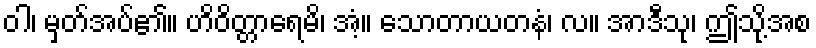
ဝါ၊ မှတ်အပ်၏။ ဟိဝိတ္တာရေမိ၊ အံ့။ သောတာယတနံ၊ လ။ အာဒီသု၊ ဤသို့အစ